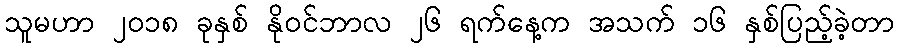
သူမဟာ ၂၀၁၈ ခုနှစ် နိုဝင်ဘာလ ၂၆ ရက်နေ့က အသက် ၁၆ နှစ်ပြည့်ခဲ့တာ